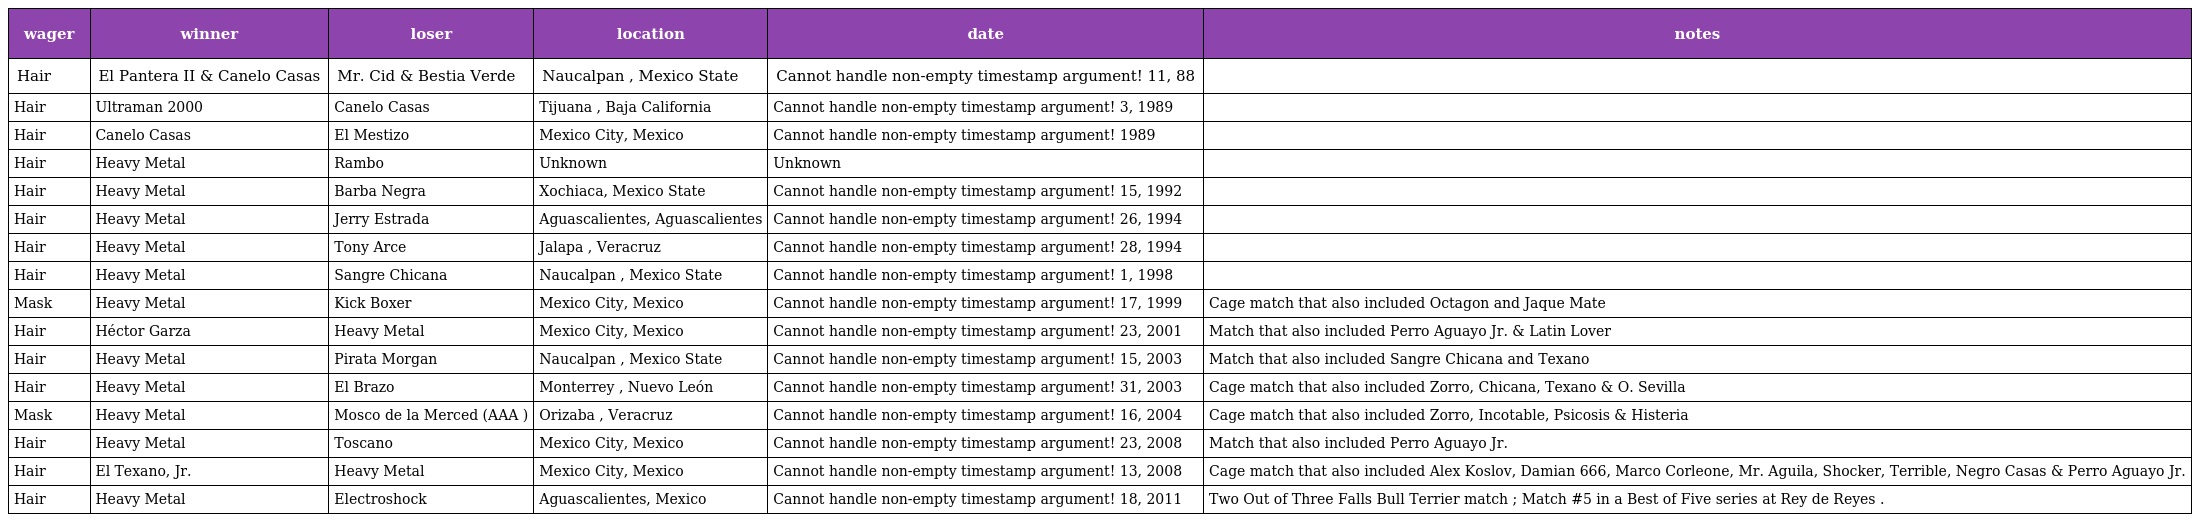
| wager | winner | loser | location | date | notes |
 | --- | --- | --- | --- | --- | --- |
 | Hair | El Pantera II & Canelo Casas | Mr. Cid & Bestia Verde | Naucalpan , Mexico State | Cannot handle non-empty timestamp argument! 11, 88 |  |
 | Hair | Ultraman 2000 | Canelo Casas | Tijuana , Baja California | Cannot handle non-empty timestamp argument! 3, 1989 |  |
 | Hair | Canelo Casas | El Mestizo | Mexico City, Mexico | Cannot handle non-empty timestamp argument! 1989 |  |
 | Hair | Heavy Metal | Rambo | Unknown | Unknown |  |
 | Hair | Heavy Metal | Barba Negra | Xochiaca, Mexico State | Cannot handle non-empty timestamp argument! 15, 1992 |  |
 | Hair | Heavy Metal | Jerry Estrada | Aguascalientes, Aguascalientes | Cannot handle non-empty timestamp argument! 26, 1994 |  |
 | Hair | Heavy Metal | Tony Arce | Jalapa , Veracruz | Cannot handle non-empty timestamp argument! 28, 1994 |  |
 | Hair | Heavy Metal | Sangre Chicana | Naucalpan , Mexico State | Cannot handle non-empty timestamp argument! 1, 1998 |  |
 | Mask | Heavy Metal | Kick Boxer | Mexico City, Mexico | Cannot handle non-empty timestamp argument! 17, 1999 | Cage match that also included Octagon and Jaque Mate |
 | Hair | Héctor Garza | Heavy Metal | Mexico City, Mexico | Cannot handle non-empty timestamp argument! 23, 2001 | Match that also included Perro Aguayo Jr. & Latin Lover |
 | Hair | Heavy Metal | Pirata Morgan | Naucalpan , Mexico State | Cannot handle non-empty timestamp argument! 15, 2003 | Match that also included Sangre Chicana and Texano |
 | Hair | Heavy Metal | El Brazo | Monterrey , Nuevo León | Cannot handle non-empty timestamp argument! 31, 2003 | Cage match that also included Zorro, Chicana, Texano & O. Sevilla |
 | Mask | Heavy Metal | Mosco de la Merced (AAA ) | Orizaba , Veracruz | Cannot handle non-empty timestamp argument! 16, 2004 | Cage match that also included Zorro, Incotable, Psicosis & Histeria |
 | Hair | Heavy Metal | Toscano | Mexico City, Mexico | Cannot handle non-empty timestamp argument! 23, 2008 | Match that also included Perro Aguayo Jr. |
 | Hair | El Texano, Jr. | Heavy Metal | Mexico City, Mexico | Cannot handle non-empty timestamp argument! 13, 2008 | Cage match that also included Alex Koslov, Damian 666, Marco Corleone, Mr. Aguila, Shocker, Terrible, Negro Casas & Perro Aguayo Jr. |
 | Hair | Heavy Metal | Electroshock | Aguascalientes, Mexico | Cannot handle non-empty timestamp argument! 18, 2011 | Two Out of Three Falls Bull Terrier match ; Match #5 in a Best of Five series at Rey de Reyes . |